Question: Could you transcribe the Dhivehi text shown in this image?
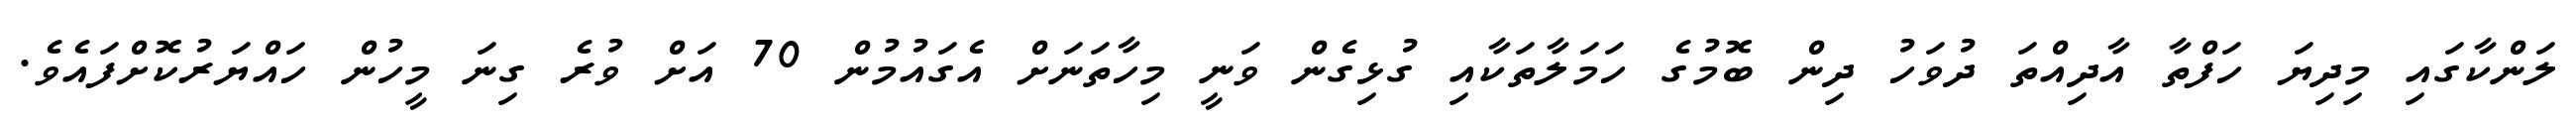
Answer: ލަންކާގައި މިދިޔަ ހަފްތާ އާދިއްތަ ދުވަހު ދިން ބޮމުގެ ހަމަލާތަކާއި ގުޅިގެން ވަނީ މިހާތަނަށް އެގައުމުން 70 އަށް ވުރެ ގިނަ މީހުން ހައްޔަރުކޮށްފައެވެ.